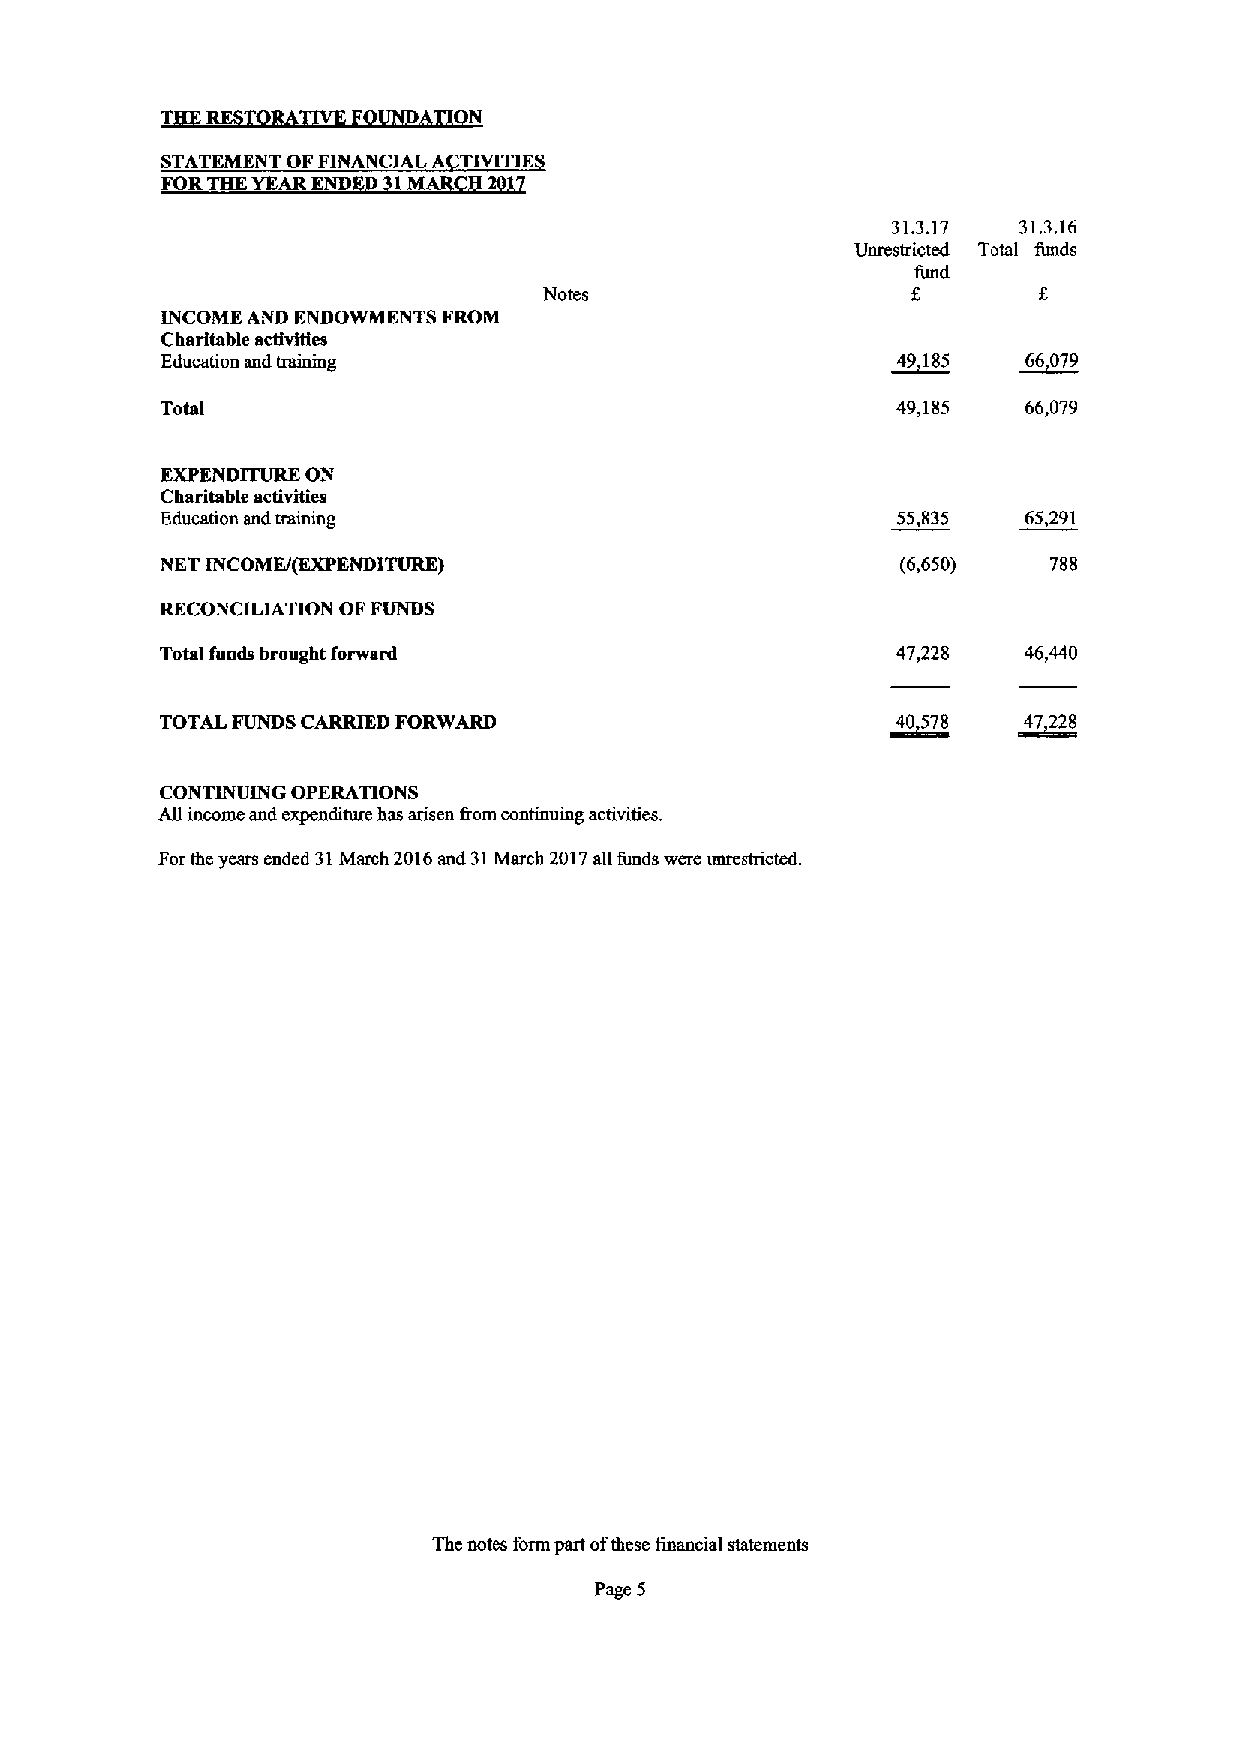
STATEMENT OFFINANCIAL A IVITIE
 FORTHEYEAR END 1M
 31.3.17 31.3.16
 Vnrestricted Total funds
 fund
 Notes                   f,
 INCOME AND ENDOWMENTS FROM
 Charitable activities
 Education and training                          ~49 185 ~66079
 Total                                           49,185   66,079
 EXPENDITURE ON
 Charitable activities
 Education snd training                          55,835   65,291
 NET INCOME/(EXPENDITURE)                         (6,650)  788
 RECONCILIATION OF FUNDS
 Total funds brought forward                     47,228
 TOTAL FUNDS CARRIED FORWARD                     ~40 578 ~47228
 CONTINUING OPERATIONS
 ABincome and expenditure has arisen &om continuing activities.
 Forthe years ended 31March 2016and 31March 2017all funds were unrestricted.
 Thc notes form part ofthese financial statements
 Page 5